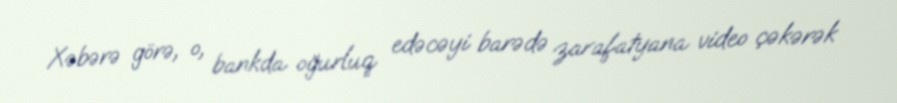
Xəbərə görə, o, bankda oğurluq edəcəyi barədə zarafatyana video çəkərək